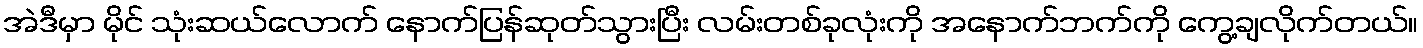
အဲဒီမှာ မိုင် သုံးဆယ်လောက် နောက်ပြန်ဆုတ်သွားပြီး လမ်းတစ်ခုလုံးကို အနောက်ဘက်ကို ကွေ့ချလိုက်တယ်။